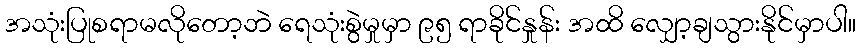
အသုံးပြုစရာမလိုတော့ဘဲ ရေသုံးစွဲမှုမှာ ၉၅ ရာခိုင်နှုန်း အထိ လျှော့ချသွားနိုင်မှာပါ။